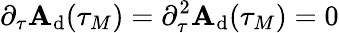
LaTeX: \partial_{\tau}\mathbf{A}_{\mathrm{{d}}}(\tau_{M})=\partial_{\tau}^{2}\mathbf{A}_{\mathrm{{d}}}(\tau_{M})=0